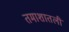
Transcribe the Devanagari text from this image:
तमाशातली